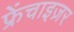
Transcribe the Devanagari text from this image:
फ्रेंचाइज़र